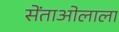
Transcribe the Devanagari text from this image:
सेंताओलाला